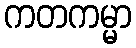
ကတကမ္မာ